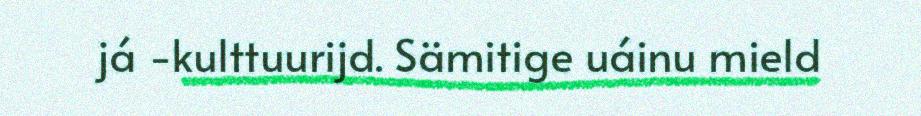
já -kulttuurijd. Sämitige uáinu mield